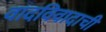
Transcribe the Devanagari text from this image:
वादविवादाची